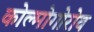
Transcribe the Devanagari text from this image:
कोल्मोगोरोव